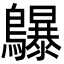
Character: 鸔